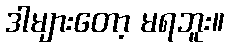
ဒါများတော့ မရဘူး။